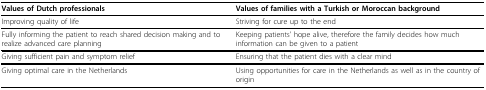
<table><thead><tr><td><b>Values of Dutch professionals</b></td><td><b>Values of families with a Turkish or Moroccan background</b></td></tr></thead><tbody><tr><td>Improving quality of life</td><td>Striving for cure up to the end</td></tr><tr><td>Fully informing the patient to reach shared decision making and to realize advanced care planning</td><td>Keeping patients&#x27; hope alive, therefore the family decides how much information can be given to a patient</td></tr><tr><td>Giving sufficient pain and symptom relief</td><td>Ensuring that the patient dies with a clear mind</td></tr><tr><td>Giving optimal care in the Netherlands</td><td>Using opportunities for care in the Netherlands as well as in the country of origin</td></tr></tbody></table>